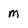
Character: m